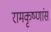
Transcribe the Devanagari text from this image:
रामकृष्णांस